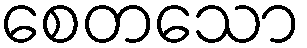
စေတသော